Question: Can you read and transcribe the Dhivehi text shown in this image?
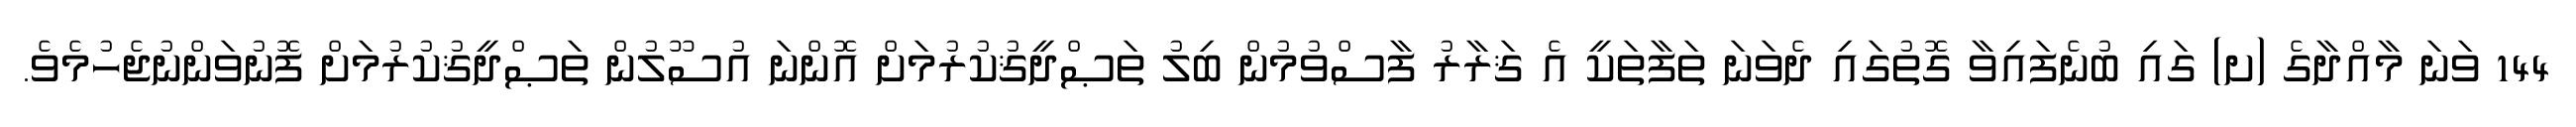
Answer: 144 ވަނަ މާއްދާގެ (ށ) ގައި ބުނެފައިވާ ގޮތުގައި ދެވަނަ ތަފާތަކީ އެ ޤަރާރު ފާސްވުމުން ބިލު ތަޞްދީޤުކުރުމަށް އޮންނަ އުސޫލުން ތަޞްދީޤުކުރުމަށް ފޮނުވަންނުޖެހުމެވެ.